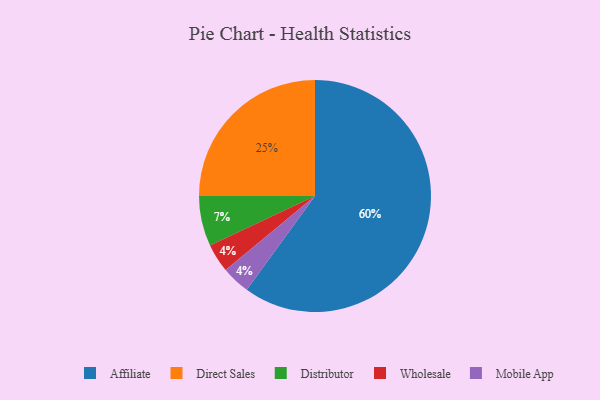
{"axis": {"x": "Category", "y": "Percentage"}, "legend": ["Affiliate", "Direct Sales", "Distributor", "Mobile App", "Wholesale"], "data": [{"x": "Wholesale", "y": 4, "type": "Wholesale"}, {"x": "Mobile App", "y": 4, "type": "Mobile App"}, {"x": "Affiliate", "y": 60, "type": "Affiliate"}, {"x": "Distributor", "y": 7, "type": "Distributor"}, {"x": "Direct Sales", "y": 25, "type": "Direct Sales"}]}